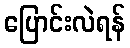
ပြောင်းလဲရန်